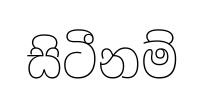
සිටීනම්